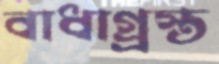
বাধাগ্র্রস্ত